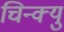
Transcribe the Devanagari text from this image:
चिन्क्यु